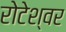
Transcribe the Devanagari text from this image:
रोटेश्वर